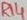
Text: R14